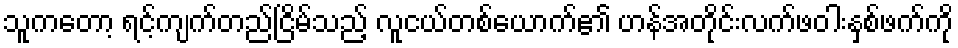
သူကတော့ ရင့်ကျက်တည်ငြိမ်သည့် လူငယ်တစ်ယောက်၏ ဟန်အတိုင်းလက်ဖဝါးနှစ်ဖက်ကို